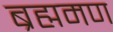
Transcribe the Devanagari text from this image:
ब्रह्ममण